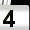
Digit: 4